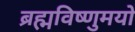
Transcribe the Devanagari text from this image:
ब्रह्मविष्णुमयो